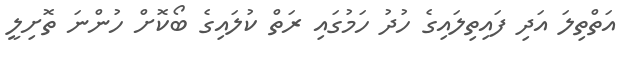
އަތްތިލަ އަދި ފައިތިލައިގެ ހުދު ހަމުގައި ރަތް ކުލައިގެ ބޯކޮށް ހުންނަަަަ ތޮށިލީ